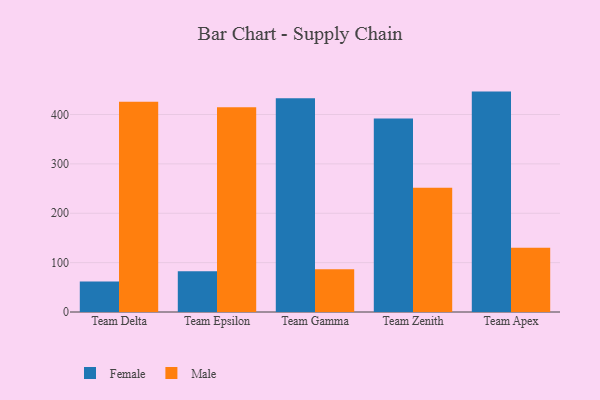
{"axis": {"x": "Team", "y": "Temperature (°C)"}, "legend": ["Female", "Male"], "data": [{"x": "Team Delta", "y": 61.6, "type": "Female"}, {"x": "Team Delta", "y": 425.8, "type": "Male"}, {"x": "Team Epsilon", "y": 82.6, "type": "Female"}, {"x": "Team Epsilon", "y": 414.8, "type": "Male"}, {"x": "Team Gamma", "y": 432.7, "type": "Female"}, {"x": "Team Gamma", "y": 86.4, "type": "Male"}, {"x": "Team Zenith", "y": 391.9, "type": "Female"}, {"x": "Team Zenith", "y": 251.9, "type": "Male"}, {"x": "Team Apex", "y": 446.4, "type": "Female"}, {"x": "Team Apex", "y": 130.3, "type": "Male"}]}